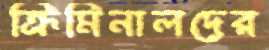
ক্রিমিনালদের